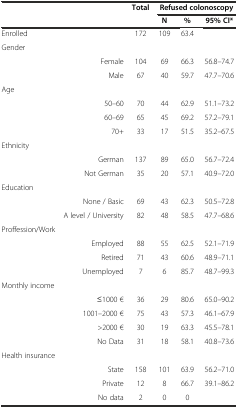
| <ROWSPAN=2>  | <ROWSPAN=2>  | <ROWSPAN=2> Total | <COLSPAN=3> Refused colonoscopy |
 | N | % | 95% CI* |
 | --- | --- | --- | --- | --- | --- |
 | Enrolled |  | 172 | 109 | 63.4 |  |
 | Gender |  |  |  |  |  |
 |  | Female | 104 | 69 | 66.3 | 56.8–74.7 |
 |  | Male | 67 | 40 | 59.7 | 47.7–70.6 |
 | Age |  |  |  |  |  |
 |  | 50–60 | 70 | 44 | 62.9 | 51.1–73.2 |
 |  | 60–69 | 65 | 45 | 69.2 | 57.2–79.1 |
 |  | 70+ | 33 | 17 | 51.5 | 35.2–67.5 |
 | Ethnicity |  |  |  |  |  |
 |  | German | 137 | 89 | 65.0 | 56.7–72.4 |
 |  | Not German | 35 | 20 | 57.1 | 40.9–72.0 |
 | Education |  |  |  |  |  |
 |  | None / Basic | 69 | 43 | 62.3 | 50.5–72.8 |
 |  | A level / University | 82 | 48 | 58.5 | 47.7–68.6 |
 | Proffession/Work |  |  |  |  |  |
 |  | Employed | 88 | 55 | 62.5 | 52.1–71.9 |
 |  | Retired | 71 | 43 | 60.6 | 48.9–71.1 |
 |  | Unemployed | 7 | 6 | 85.7 | 48.7–99.3 |
 | Monthly income |  |  |  |  |  |
 |  | ≤1000 € | 36 | 29 | 80.6 | 65.0–90.2 |
 |  | 1001–2000 € | 75 | 43 | 57.3 | 46.1–67.9 |
 |  | >2000 € | 30 | 19 | 63.3 | 45.5–78.1 |
 |  | No Data | 31 | 18 | 58.1 | 40.8–73.6 |
 | Health insurance |  |  |  |  |  |
 |  | State | 158 | 101 | 63.9 | 56.2–71.0 |
 |  | Private | 12 | 8 | 66.7 | 39.1–86.2 |
 |  | No data | 2 | 0 | 0 |  |